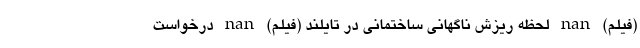
(فیلم) nan لحظه ریزش ناگهانی ساختمانی در تایلند (فیلم) nan درخواست